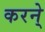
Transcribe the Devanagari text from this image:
करने्